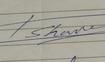
Signature authenticity: genuine